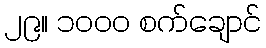
၂၉။ ၁၀၀၀ စက်ချောင်